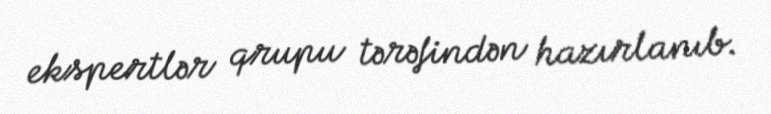
ekspertlər qrupu tərəfindən hazırlanıb.